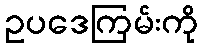
ဥပဒေကြမ်းကို